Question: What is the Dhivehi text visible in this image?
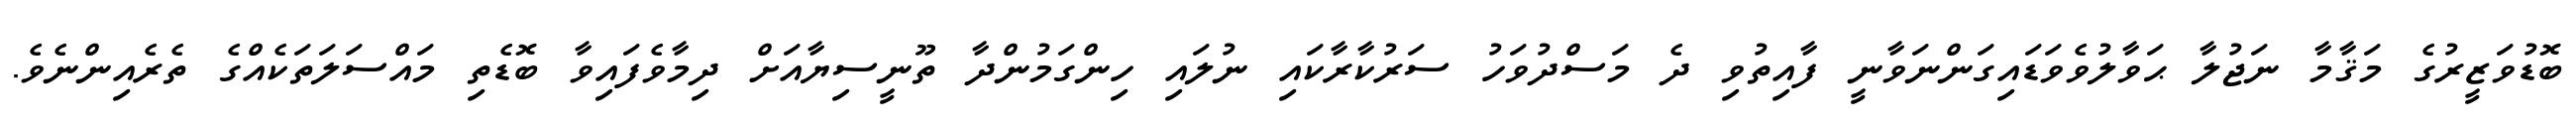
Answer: ބޮޑުވަޒީރުގެ މަޤާމާ ނަޖުލާ ޙަވާލުވެވަޑައިގަންނަވާނީ ފާއިތުވި ދެ މަސްދުވަހު ސަރުކާރާކައި ނުލައި ހިންގަމުންދާ ތޫނީސިޔާއަށް ދިމާވެފައިވާ ބޮޑެތި މައްސަލަތަކެއްގެ ތެރެއިންނެވެ.